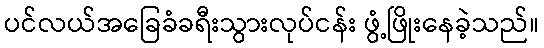
ပင်လယ်အခြေခံခရီးသွားလုပ်ငန်း ဖွံ့ဖြိုးနေခဲ့သည်။